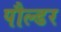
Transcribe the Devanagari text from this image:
पौल्डर